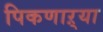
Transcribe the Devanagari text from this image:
पिकणाऱ्या